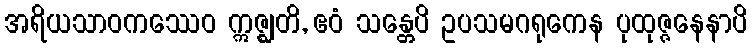
အရိယသာဝကဿေဝ ဣဇ္ဈတိ, ဧဝံ သန္တေပိ ဥပသမဂရုကေန ပုထုဇ္ဇနေနာပိ